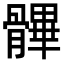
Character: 𩪖